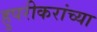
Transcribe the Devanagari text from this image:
हुपरीकरांच्या